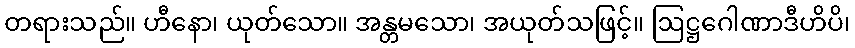
တရားသည်။ ဟီနော၊ ယုတ်သော။ အန္တမသော၊ အယုတ်သဖြင့်။ ဩဋ္ဌဂေါဏာဒီဟိပိ၊